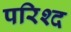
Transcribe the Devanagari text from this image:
परिश्द